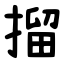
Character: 㨨